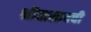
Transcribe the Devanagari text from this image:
श्रीवास्तवची